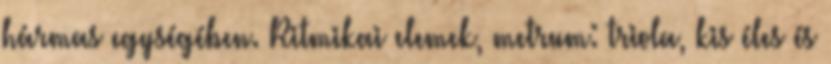
hármas egységében. Ritmikai elemek, metrum: triola, kis éles és